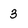
Character: 3